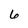
Character: 6